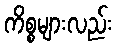
ကိစ္စများလည်း